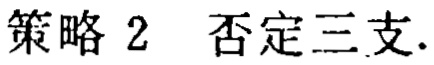
策略 2  否定三支.